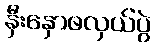
နှီးနှောဖလှယ်ပွဲ